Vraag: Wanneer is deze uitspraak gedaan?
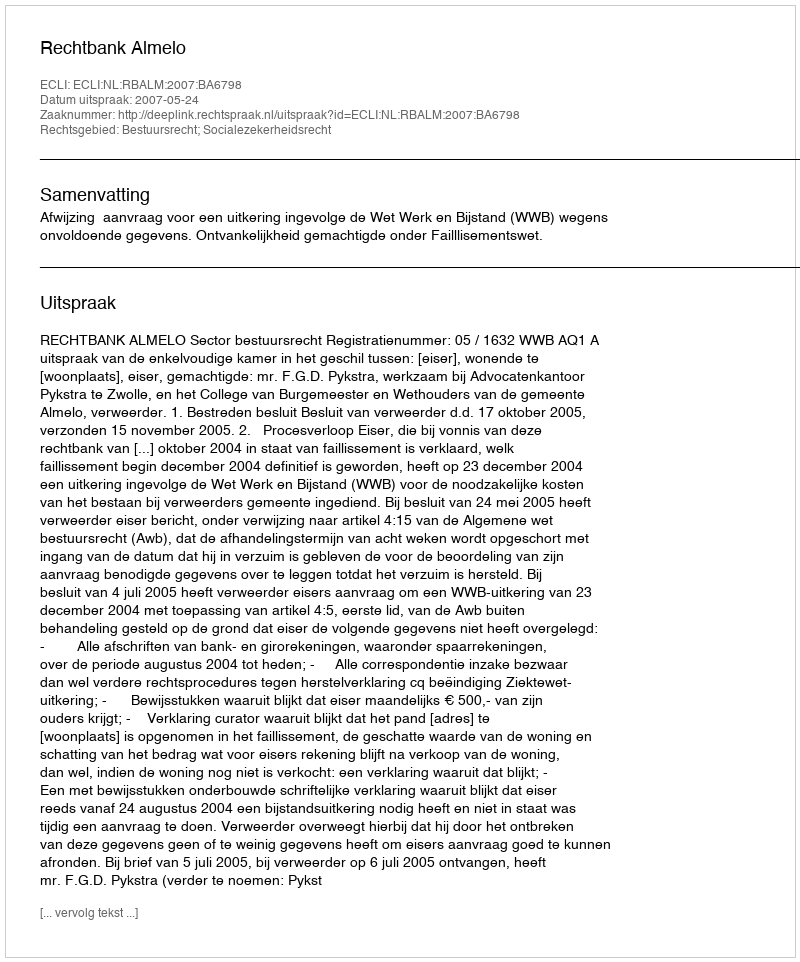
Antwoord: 2007-05-24